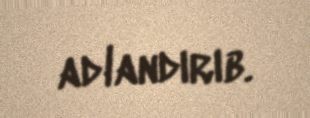
adlandırıb.